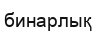
бинарлық